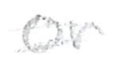
Text: or
Cross-out: double-line
Writing tool: pencil